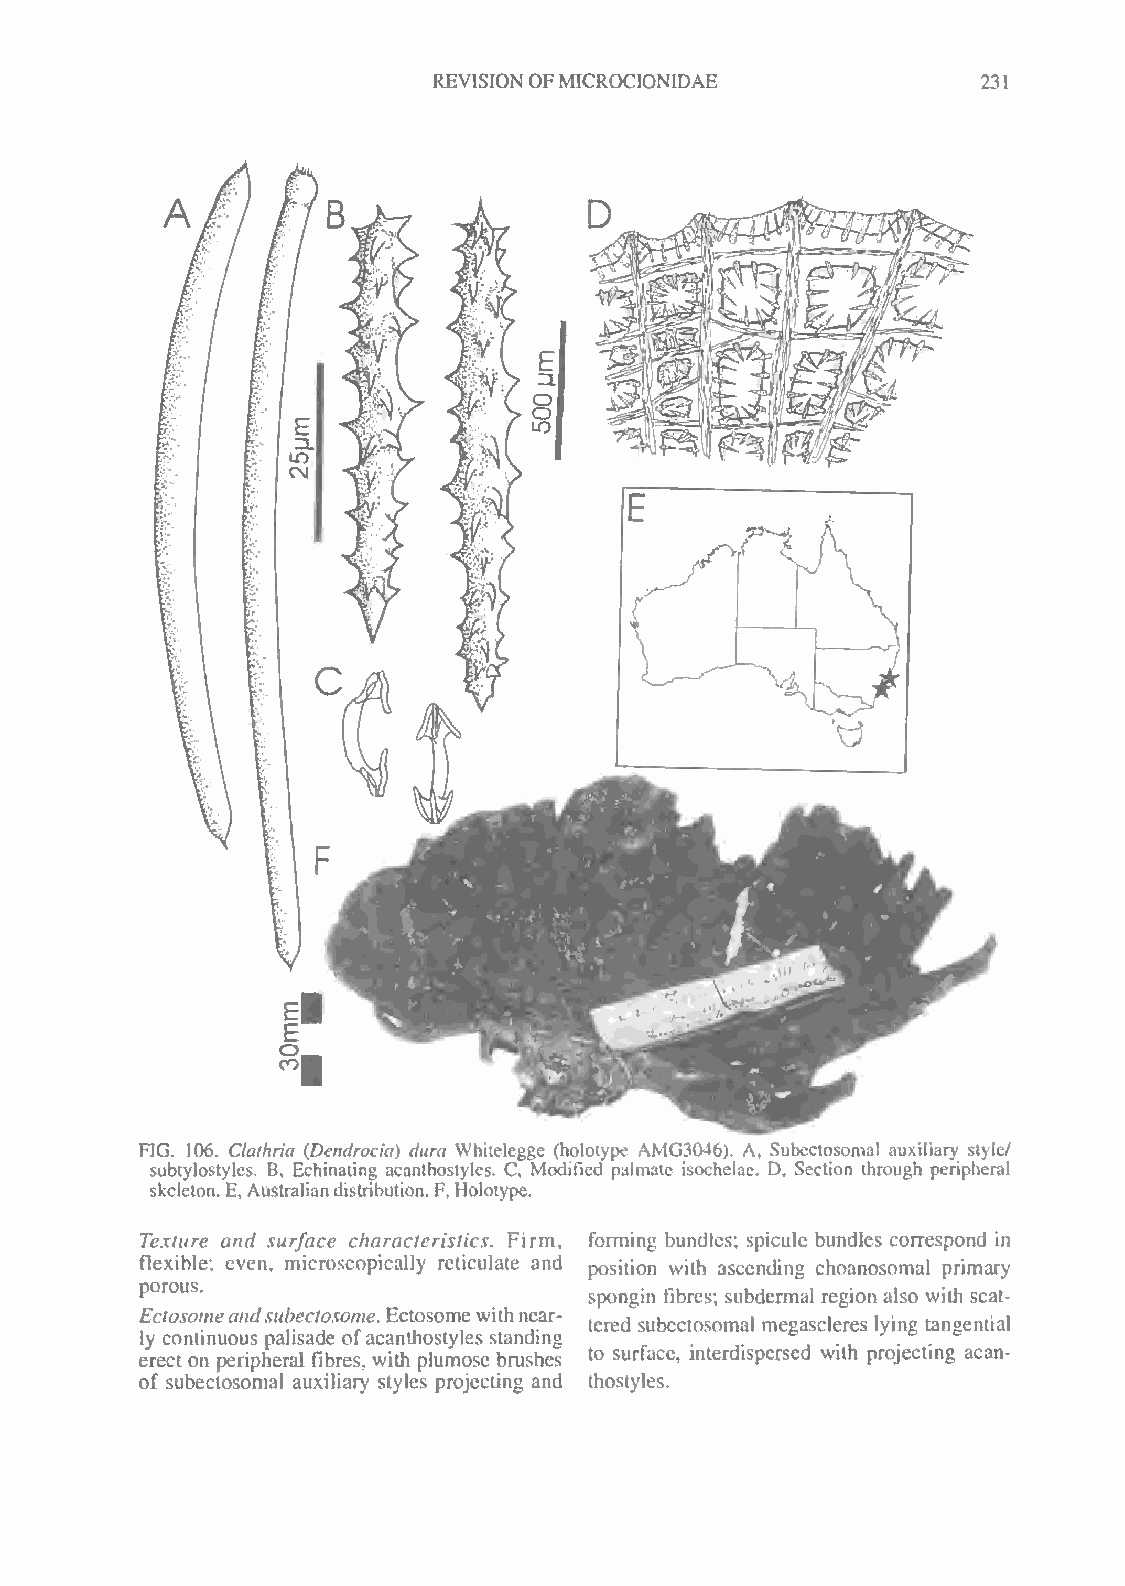
REVISIONOFMICROCIONIDAE             231
 FIG. 106. Clathria (Dendrocia) dura Whitelegge (holotype AMG3046). A, Subectosomal auxiliary style/
 subtylostyles. B, Echinating acanthoslyles. C, Modified palmate isochelae. D, Section through peripheral
 skeleton. E, Australiandistribution.F, Holotype.
 Texture and surface characteristics. Firm, forming bundles; spicule bundles correspond in
 flexible; even, microscopically reticulate and position with ascending choanosomal primary
 porous.
 spongin fibres; subdermal region also with scat-
 Ectosomeandsubectosome. Ectosomewithnear-
 tered subectosomal megascleres lying tangential
 ly continuous palisade ofacanlhostyles standing
 erect on peripheral fibres, with plumose brushes to surface, interdispersed with projecting acan-
 of subectosomal auxiliary styles projecting and thostyles.